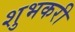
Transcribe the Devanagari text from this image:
शुभकरी